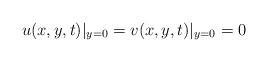
LaTeX: \begin{align*}& u(x,y,t)|_{y=0} = v(x,y,t)|_{y=0} = 0 \end{align*}